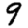
Digit: 9